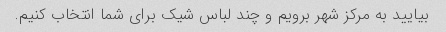
بیایید به مرکز شهر برویم و چند لباس شیک برای شما انتخاب کنیم.